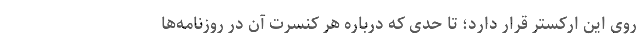
روی این ارکستر قرار دارد؛ تا حدی که درباره هر کنسرت آن در روزنامه‌ها